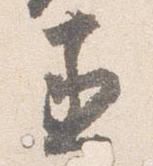
丞